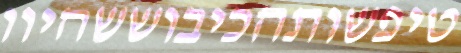
טיפשותהכיבוששהיוו